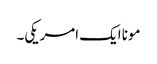
مونا ایک امریکی۔